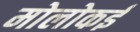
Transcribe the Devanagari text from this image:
मोलोकई